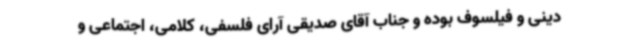
دینی و فیلسوف بوده و جناب آقای صدیقی آرای فلسفی، کلامی، اجتماعی و